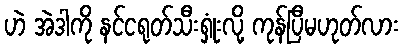
ဟဲ အဲဒါကို နင်ငရုတ်သီးရှုံးလို့ ကုန်ပြီမဟုတ်လား